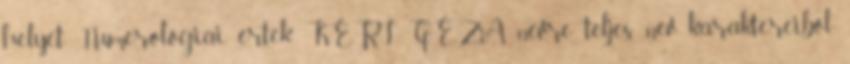
helyet: Numerológiai érték KÉRI GÉZA névre teljes név karaktereiből